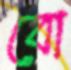
বো